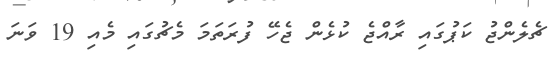
ޗެލެންޖު ކަޕުގައި ރާއްޖެ ކުޅެން ޖެހޭ ފުރަތަމަ މެޗުގައި މެއި 19 ވަނަ